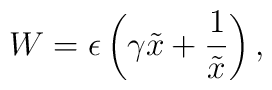
W = \epsilon \left( \gamma \tilde{x} + \frac {1}{\tilde{x}} \right),